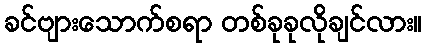
ခင်ဗျားသောက်စရာ တစ်ခုခုလိုချင်လား။